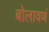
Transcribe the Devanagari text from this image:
बोलावणं